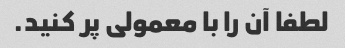
لطفا آن را با معمولی پر کنید.